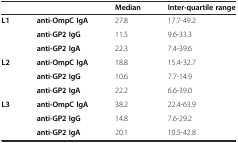
|  |  | Median | Inter-quartile range |
 | --- | --- | --- | --- |
 | L1 | anti-OmpC IgA | 27.8 | 17.7-49.2 |
 |  | anti-GP2 IgG | 11.5 | 9.6-33.3 |
 |  | anti-GP2 IgA | 22.3 | 7.4-39.6 |
 | L2 | anti-OmpC IgA | 18.8 | 15.4-32.7 |
 |  | anti-GP2 IgG | 10.6 | 7.7-14.9 |
 |  | anti-GP2 IgA | 22.2 | 6.6-39.0 |
 | L3 | anti-OmpC IgA | 38.2 | 22.4-63.9 |
 |  | anti-GP2 IgG | 14.8 | 7.6-29.2 |
 |  | anti-GP2 IgA | 20.1 | 10.5-42.8 |